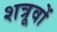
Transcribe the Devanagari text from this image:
शत्रूवों